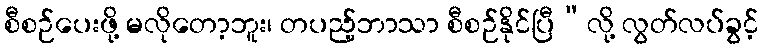
စီစဉ်ပေးဖို့ မလိုတော့ဘူး၊ တပည့်ဘာသာ စီစဉ်နိုင်ပြီ”လို့ လွတ်လပ်ခွင့်